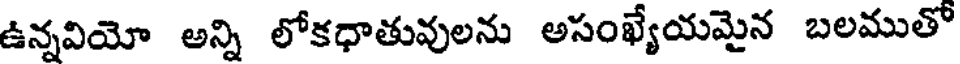
ఉన్నవియో అన్ని లోకధాతువులను అసంఖ్యేయమైన బలముతో